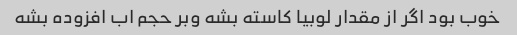
خوب بود اگر از مقدار لوبیا کاسته بشه وبر حجم اب افزوده بشه